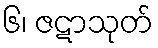
၆၊ ဇဋာသုတ်